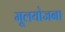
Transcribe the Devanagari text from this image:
मूलयोजना